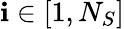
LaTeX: \mathbf{i}\in[1,N_{S}]